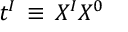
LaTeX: t ^ { I } \, \equiv \, { \o { X ^ { I } } { X ^ { 0 } } }